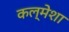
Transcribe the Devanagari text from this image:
कल्मेशा